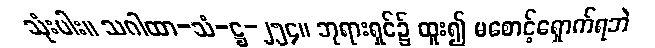
သုံးပါး။ သဂါထာ-သံ-ဋ္ဌ-၂၅၄။ ဘုရားရှင်၌ ထူး၍ မစောင့်ရှောက်ရဘဲ